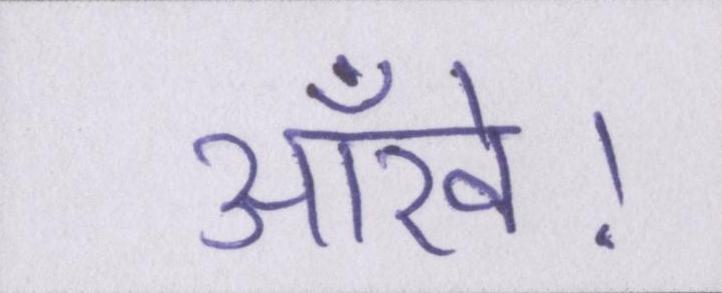
आँखें।